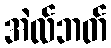
အဲလ်ဘတ်